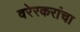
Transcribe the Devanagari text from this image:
वरेरकरांचा